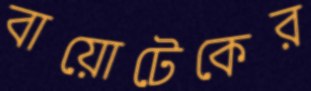
বায়োটেকের